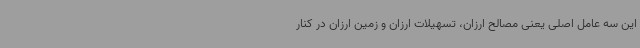
این سه عامل اصلی یعنی مصالح ارزان، تسهیلات ارزان و زمین ارزان در کنار